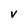
Character: V